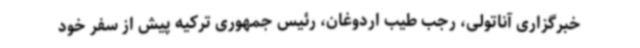
خبرگزاری آناتولی، رجب طیب اردوغان، رئیس جمهوری ترکیه پیش از سفر خود